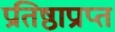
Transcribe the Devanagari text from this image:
प्रतिष्ठाप्राप्त